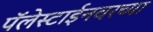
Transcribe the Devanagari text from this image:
पॅलेस्टाईनवरच्या